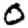
Digit: 0